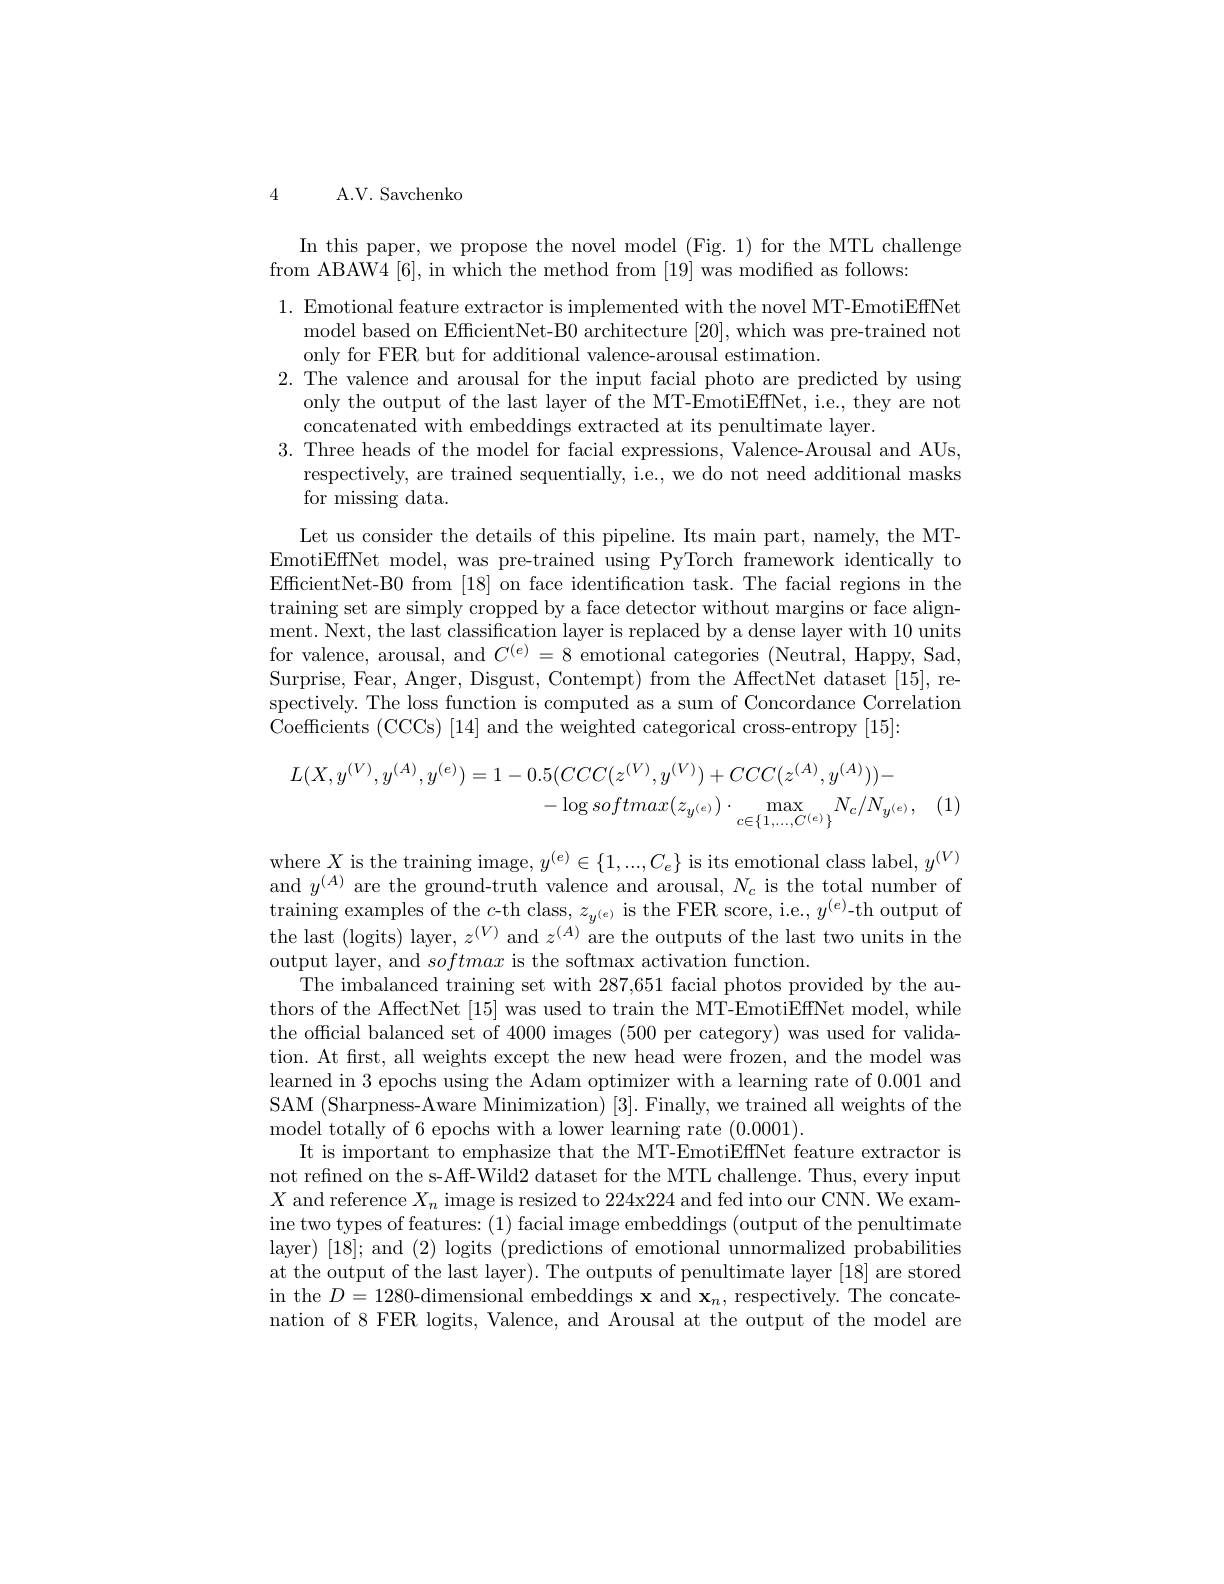
4

A. V. Savchenko

In this paper, we propose the novel model (Fig. 1) for the MTL challenge
from ABAW4[6], in which the method from [19] was modified as follows:

1. Emotional feature extractor is implemented with the novel MT-EmotiEffNet
model based on EfficientNet-B0 architecture [20],which was pre-trained not
only for FER but for additional valence-arousal estimation.
2. The valence and arousal for the input facial photo are predicted by using
only the output of the last layer of the MT-EmotiEffNet, i.e., they are not
concatenated with embeddings extracted at its penultimate layer.
3. Three heads of the model for facial expressions, Valence-Arousal and AUs,
respectively, are trained sequentially, i.e., we do not need additional masks
for missing data.
Let us consider the details of this pipeline. Its main part, namely, the MTEmotiEfTNet model, was pre-trained using PyTorch framework identically to EfficientNet-B0 from [18] on face identification task. The facial regions in the training set are simply cropped by a face detector without margins or face alignment. Next, the last classification layer is replaced by a dense layer with 10 units for valence, arousal, and $C^{(e)}=8$ emotional categories (Neutral, Happy, Sad, Surprise, Fear, Anger, Disgust, Contempt) from the AffectNet dataset [15], respectively. The loss function is computed as a sum of Concordance Correlation Coefficients (CCCS) [14] and the weighted categorical cross-entropy [15]:
$$\begin{aligned}L(X,y^{(V)},y^{(A)},y^{(e)})&=1-0.5(CCC(z^{(V)},y^{(V)})+CCC(z^{(A)},y^{(A)}))-\\&-\log softmax(z_{y^{(e)}})\cdot\max_{c\in\{1,...,C^{(e)}\}}N_{c}/N_{y^{(e)}},\end{aligned}$$
where $X$ is the training image, $y^(e)\in\{1,...,C_e\}$ is its emotional class label, $y^(V)$

and $y^{(A)}$ are the ground-truth valence and arousal, $N_c$ is the total number of training examples of the $c$-th class, $z_{y^{(e)}}$ is the FER score, i.e., $y^(e)$-th output of the last (logits) layer, $z^(V)$ and $z^(A)$ are the outputs of the last two units in the output layer, and softmax is the softmax activation function.
The imbalanced training set with 287,651 facial photos provided by the authors of the AffectNet [15] was used to train the MT-EmotiEffNet model, while the official balanced set of 4000 images (500 per category) was used for validation. At frst, all weights except the new head were frozen, and the model was learned in 3 epochs using the Adam optimizer with a learning rate of 0.001 and SAM (Sharpness-Aware Minimization) [3]. Finally, we trained all weights of the model totally of 6 epochs with a lower learning rate (0.0001).
It is important to emphasize that the MT-EmotiEffNet feature extractor is not refined on the s-Aff-Wild2 dataset for the MTL challenge. Thus, every input $X$ and reference $X_n$ image is resized to 224x224 and fed into our CNN. We examine two types of features: (1) facial image embeddings (output of the penultimate layer) [18]; and (2) logits (predictions of emotional unnormalized probabilities at the output of the last layer). The outputs of penultimate layer [18] are stored in the $D=1280$-dimensional embeddings $\mathbf{x}$ and $\mathbf{x}_n$, respectively. The concatenation of 8 FER logits, Valence, and Arousal at the output of the model are